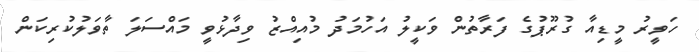
ހަވީރު މީޑިއާ ގުރޫޕުގެ ފަރާތުން ވަކީލު އަހުމަދު މުއިއްޒު ވިދާޅުވީ މައްސަލަ ތާވަލުކުރިކަން